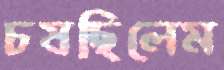
চষছিলেম